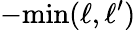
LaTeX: -\mathrm{min}(\ell,\ell^{\prime})